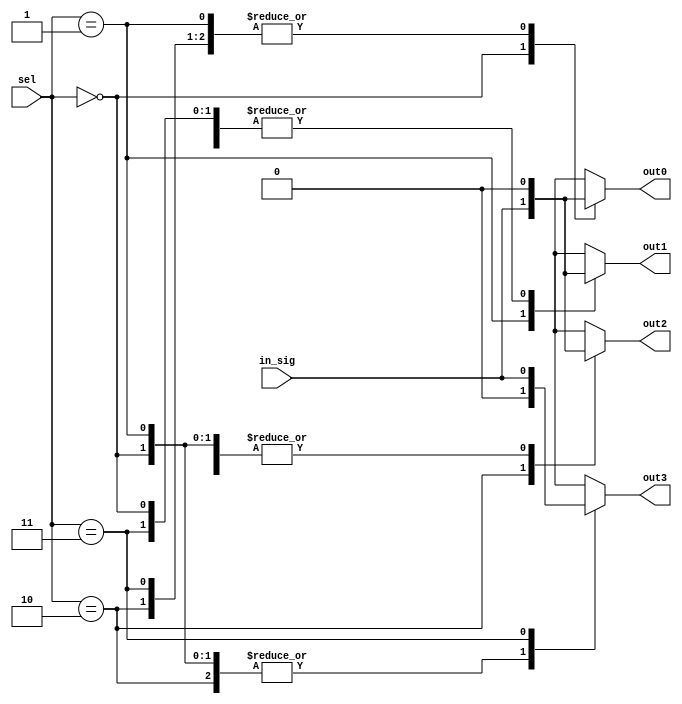
module demux_2to4 (
    input [1:0] sel,
    input in_sig,
    output reg out0,
    output reg out1,
    output reg out2,
    output reg out3
);

always @* begin
    case(sel)
        2'b00: begin
            out0 = in_sig;
            out1 = 1'b0;
            out2 = 1'b0;
            out3 = 1'b0;
        end
        2'b01: begin
            out0 = 1'b0;
            out1 = in_sig;
            out2 = 1'b0;
            out3 = 1'b0;
        end
        2'b10: begin
            out0 = 1'b0;
            out1 = 1'b0;
            out2 = in_sig;
            out3 = 1'b0;
        end
        2'b11: begin
            out0 = 1'b0;
            out1 = 1'b0;
            out2 = 1'b0;
            out3 = in_sig;
        end
    endcase
end

endmodule